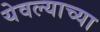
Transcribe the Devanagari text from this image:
येवल्याच्या